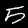
Digit: 5